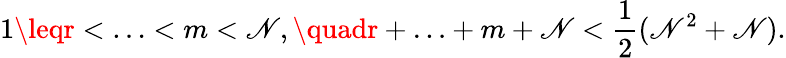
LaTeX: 1\leqr<\ldots<m<\mathscr{N},\quadr+\ldots+m+\mathscr{N}<{\frac{{1}}{{2}}}(\mathscr{N}^{2}+\mathscr{N}).